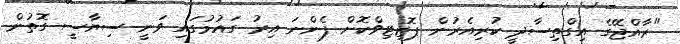
"ރާއްޖޭގެ އިގްތިސާދީ ކުރިއެރުން ޕޮޒިޓިވްކޮށް ފެންނަ އިރު ގައުމުގައި ވަނީ ސިޔާސީ ގޮތުން